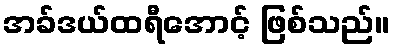
အခ်ဒယ်ထရီအောင့် ဖြစ်သည်။